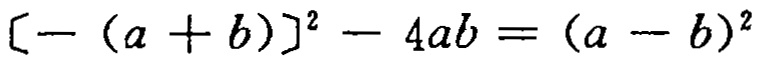
$[-(a + b)]^{2} - 4ab = (a - b)^{2}$